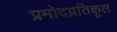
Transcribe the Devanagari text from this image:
प्रमोदप्रतिकूल